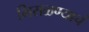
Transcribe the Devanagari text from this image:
मिसळण्याचं